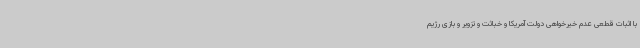
با اثبات قطعی عدم خیرخواهی دولت آمریکا و خباثت و تزویر و بازی رژیم